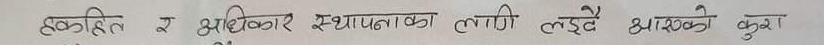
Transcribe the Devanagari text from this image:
हकहित र अधिकार स्थापनाका लागि लड्दै आएको कुरा